Papers set at the Examination for Leaving Certificates, 1890
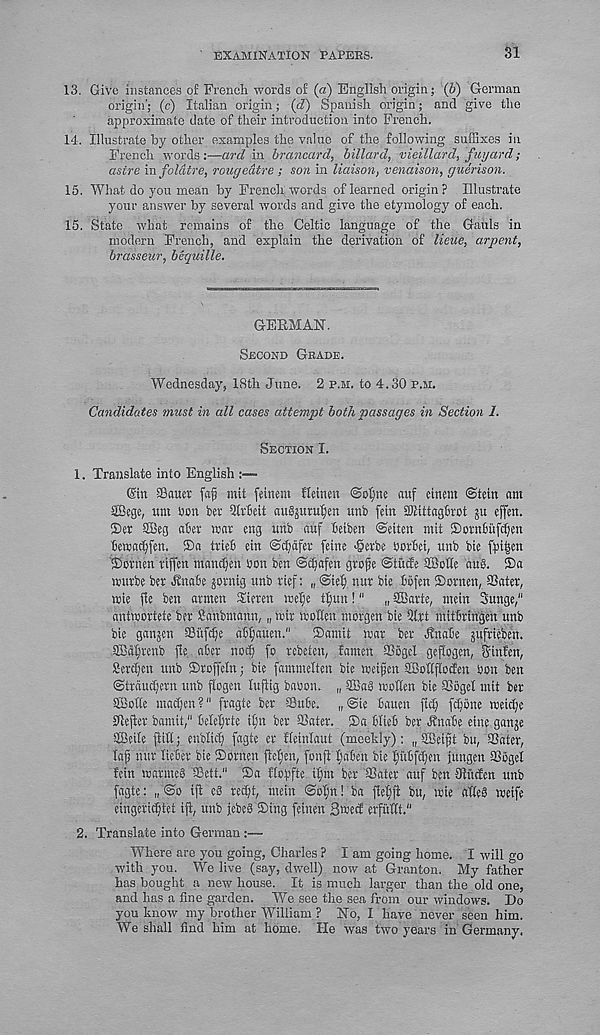
EXAMINATION PAPERS.
SI
13. Give instances of French words of (a) English origin; (6) German
origin'; (c) Italian origin; {d) Spanish origin; and give the
approximate date of their introduction into French.
14. Illustrate by other examples the value of the following suffixes in
French words;—ard in brancard, billard, vieillard, fuyard;
asire mfoldtre, rougedtre ; son in liaison, venaison, guerison.
15. What do you mean by French words of learned origin? Illustrate
your answer by several words and give the etymology of each.
15. State what remains of the Celtic language of the Gauls in
modern French, and explain the derivation of lime, arpent,
brasseur, bequille.
GERMAN.
Second Grade.
Wednesday, 18th June. 2 p.m. to 4.30 p.m.
Candidates must in all cases attempt both passages in Section 1.
Section I.
1. Translate into English
(Sin Sauer fafi mit feinem fleinen @ol)ne auf einem (Stein am
SBcge, um bon ber Qtrbeit augjuruljen unb fein pittaghrot ju effen.
®et Sffieg aber mar eng unb auf beiben (Seiten mit ©otnbufcfien
bewadjfen. ®a trieb ein (Scfjctfer feme <§erbe borbei, unb bie fpifsen
®ornen riffen rnan^en bon ben Scbafen grofe (Stude SBoIte auS. 2)a
njurbe ber Jtnabe jornig unb rief: „ ®ieif) nur bie bofen ®ornen, SSater,
ibie fie ben armen Xieren mefie tfmn!" „ SBarte, mein Sunge/ 1
antmortete ber Sanbmann, „ mir itotlen morgen bie Qtrt mitbringen unb
bie ganjen ffiufc^e ab^auen." ®dmit mar ber J?nabe sufrieben.
iffid^renb fie aber nocb fo rebeteu, famen SSogel geftogen, Sinfen,
Serdjen unb iDroffeln; bie fammelten bie toeifen SBottflotfen bon ben
(Straudfern unb ftogen luftig babou. „ SffiaS woUen bie Siogel mit ber
SBofte madjen?" fragte ber SBube. „@te bauen fid; fdfbne meic^e
01efter bamit," bele^rte ifm ber SJater. ®a blieb ber Jbnabe eine ganje
SiBcile ftitt; enblid; fagte er fleinlaut (meekly); „ ffieift bu, SSater,
lafj nur lieber bie ®orhen flefjen, fonfi f;aben bie f)ubfd;en jungen SSbgel
fein marme§ 'SSett." 2>a ftopfte if)m ber SSater auf ben Jtitcfen unb
fagte: „ <So iff cS red)t, mein ©o^n! ba fief;ff bu, mie afteb meife
eingeric^tet ift, unb jebe§ ©ing feinen 3mecf erfufit.' 1
2. Translate into German :—
Where are you going, Charles ? lam going home. I will go
with you. We live (say, dwell) now at Granton. My father
has bought a new house. It is much larger than the old one,
and has a fine garden. We see the sea from our windows. Do
you know my brother William ? No, I have never seen him.
We shall find him at home. He was two years in Germany.